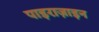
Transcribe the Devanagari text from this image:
पाइराज़ाइन